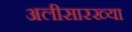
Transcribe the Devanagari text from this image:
अलीसारख्या